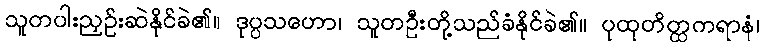
သူတပါးညှဉ်းဆဲနိုင်ခဲ၏။ ဒုပ္ပသဟော၊ သူတဦးတို့သည်ခံနိုင်ခဲ၏။ ပုထုတိတ္ထကရာနံ၊